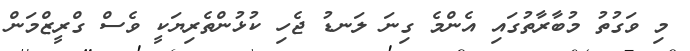
މި ވަގުތު މުބާރާތުގައި އެންމެ ގިނަ ލަނޑު ޖެހި ކުޅުންތެރިޔަކީ ވެސް ގްރީޒްމަން